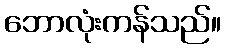
ဘောလုံးကန်သည်။